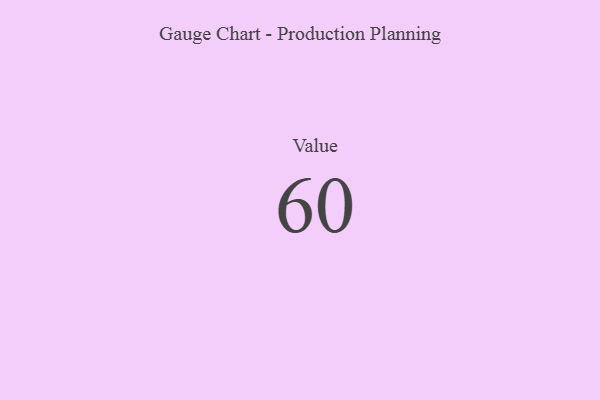
{"axis": {"x": "Metric", "y": "Value"}, "legend": [""], "data": [{"x": "Value", "y": 60, "type": ""}]}